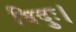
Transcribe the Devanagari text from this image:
विदुः।